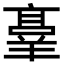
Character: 𬙸